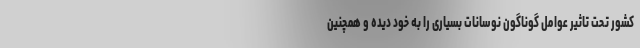
کشور تحت تاثیر عوامل گوناگون نوسانات بسیاری را به خود دیده و همچنین